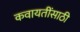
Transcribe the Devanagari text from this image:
कवायतींसाठी